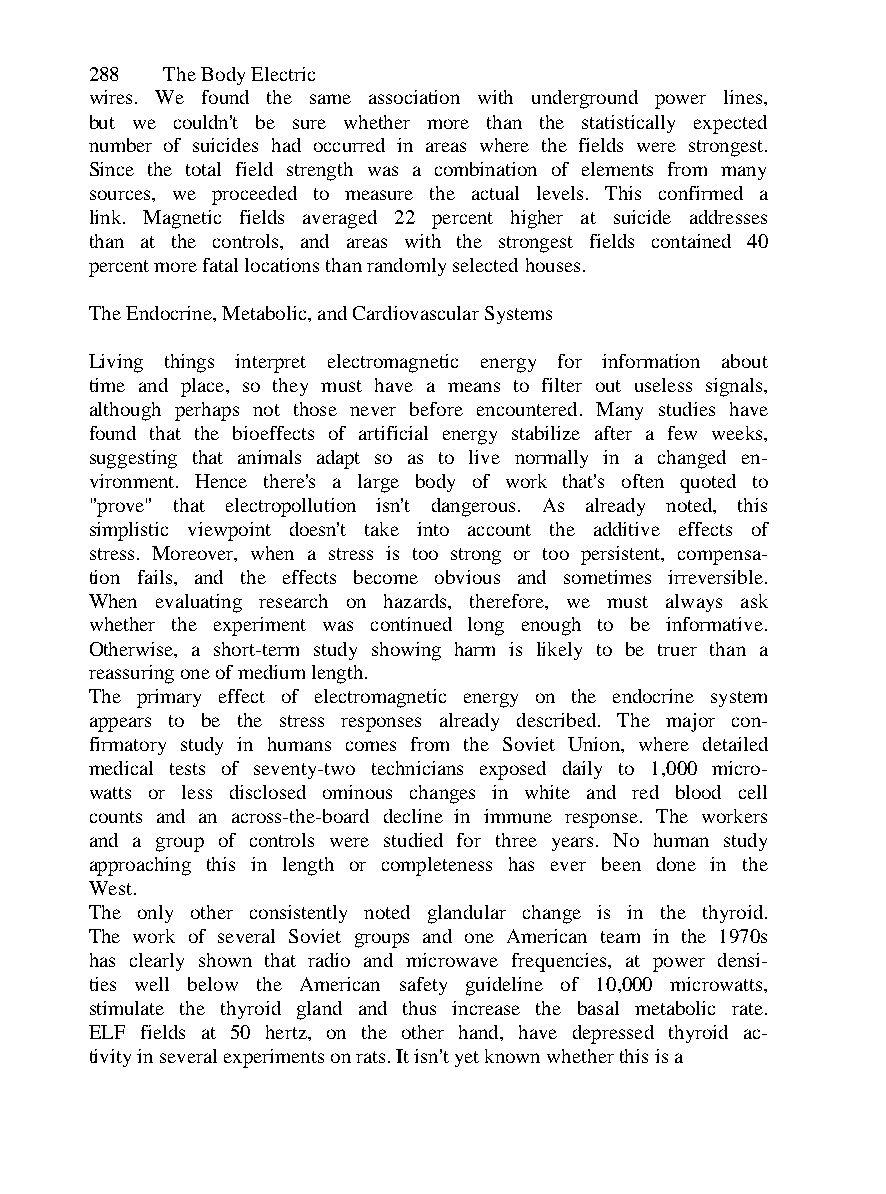
288  The Body Electric
 wires. We found the same association with underground power lines,
 but we couldn't be sure whether more than the statistically expected
 number of suicides had occurred in areas where the fields were strongest.
 Since the total field strength was a combination of elements from many
 sources, we proceeded to measure the actual levels. This confirmed a
 link. Magnetic fields averaged 22 percent higher at suicide addresses
 than at the controls, and areas with the strongest fields contained 40
 percent more fatal locations than randomly selected houses.
 The Endocrine, Metabolic, and Cardiovascular Systems
 Living things interpret electromagnetic energy for information about
 time and place, so they must have a means to filter out useless signals,
 although perhaps not those never before encountered. Many studies have
 found that the bioeffects of artificial energy stabilize after a few weeks,
 suggesting that animals adapt so as to live normally in a changed en-
 vironment. Hence there's a large body of work that's often quoted to
 "prove" that electropollution isn't dangerous. As already noted, this
 simplistic viewpoint doesn't take into account the additive effects of
 stress. Moreover, when a stress is too strong or too persistent, compensa-
 tion fails, and the effects become obvious and sometimes irreversible.
 When evaluating research on hazards, therefore, we must always ask
 whether the experiment was continued long enough to be informative.
 Otherwise, a short-term study showing harm is likely to be truer than a
 reassuring one of medium length.
 The primary effect of electromagnetic energy on the endocrine system
 appears to be the stress responses already described. The major con-
 firmatory study in humans comes from the Soviet Union, where detailed
 medical tests of seventy-two technicians exposed daily to 1,000 micro-
 watts or less disclosed ominous changes in white and red blood cell
 counts and an across-the-board decline in immune response. The workers
 and a group of controls were studied for three years. No human study
 approaching this in length or completeness has ever been done in the
 West.
 The only other consistently noted glandular change is in the thyroid.
 The work of several Soviet groups and one American team in the 1970s
 has clearly shown that radio and microwave frequencies, at power densi-
 ties well below the American safety guideline of 10,000 microwatts,
 stimulate the thyroid gland and thus increase the basal metabolic rate.
 ELF fields at 50 hertz, on the other hand, have depressed thyroid ac-
 tivity in several experiments on rats. It isn't yet known whether this is a